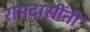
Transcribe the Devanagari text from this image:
रामदासींनी